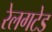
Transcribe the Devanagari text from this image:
रेलगटेड